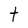
Character: t